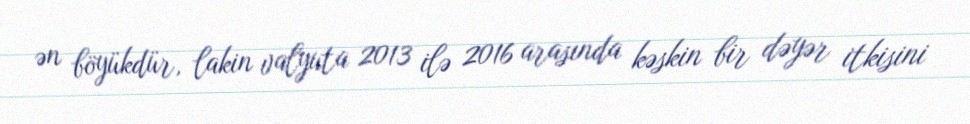
ən böyükdür, lakin valyuta 2013 ilə 2016 arasında kəskin bir dəyər itkisini